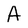
Character: A